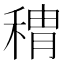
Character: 䅢